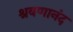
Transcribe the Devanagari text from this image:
श्रवणानंद